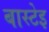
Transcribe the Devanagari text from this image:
बास्टेइ